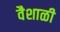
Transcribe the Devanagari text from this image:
वैशाळी